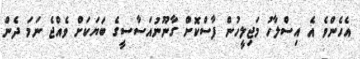
އެހެންވެ އެ އިސްލާހު މަޖިލީހުން ފާސްކޮށް ގާނޫނުއަސާސީގެ ބަޔަކަށް ވެއްޖެ ނަމަ ދެން